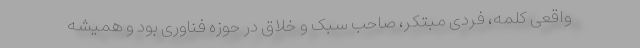
واقعی کلمه، فردی مبتکر، صاحب سبک و خلاق در حوزه فناوری بود و همیشه